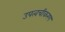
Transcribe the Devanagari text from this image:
उपत्वचीकरण